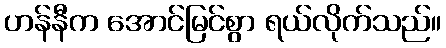
ဟန်နီက အောင်မြင်စွာ ရယ်လိုက်သည်။